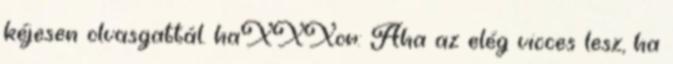
kéjesen olvasgattál. haXXXor: Aha az elég vicces lesz, ha